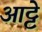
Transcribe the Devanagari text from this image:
आट्टे